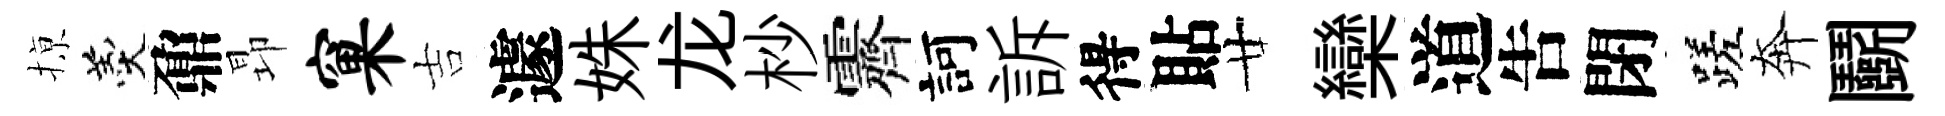
𢱊羹鼐昻窠吉遽姝龙杪霽訶訴得貼廿欒道吿閉蹉奔鬬